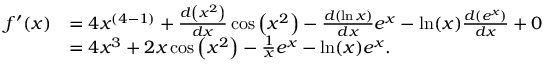
{ \begin{array} { r l } { f ^ { \prime } ( x ) } & { = 4 x ^ { ( 4 - 1 ) } + { \frac { d \left( x ^ { 2 } \right) } { d x } } \cos \left( x ^ { 2 } \right) - { \frac { d \left( \ln { x } \right) } { d x } } e ^ { x } - \ln ( x ) { \frac { d \left( e ^ { x } \right) } { d x } } + 0 } \\ & { = 4 x ^ { 3 } + 2 x \cos \left( x ^ { 2 } \right) - { \frac { 1 } { x } } e ^ { x } - \ln ( x ) e ^ { x } . } \end{array} }